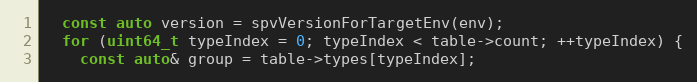
Language: C++
  const auto version = spvVersionForTargetEnv(env);
  for (uint64_t typeIndex = 0; typeIndex < table->count; ++typeIndex) {
    const auto& group = table->types[typeIndex];